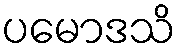
ပမောဒသိ